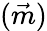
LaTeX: (\vec{m})